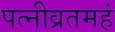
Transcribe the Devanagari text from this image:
पत्नीव्रतमहं